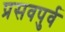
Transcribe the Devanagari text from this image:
प्रसवपुर्व